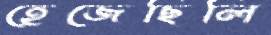
হেজেছিলি